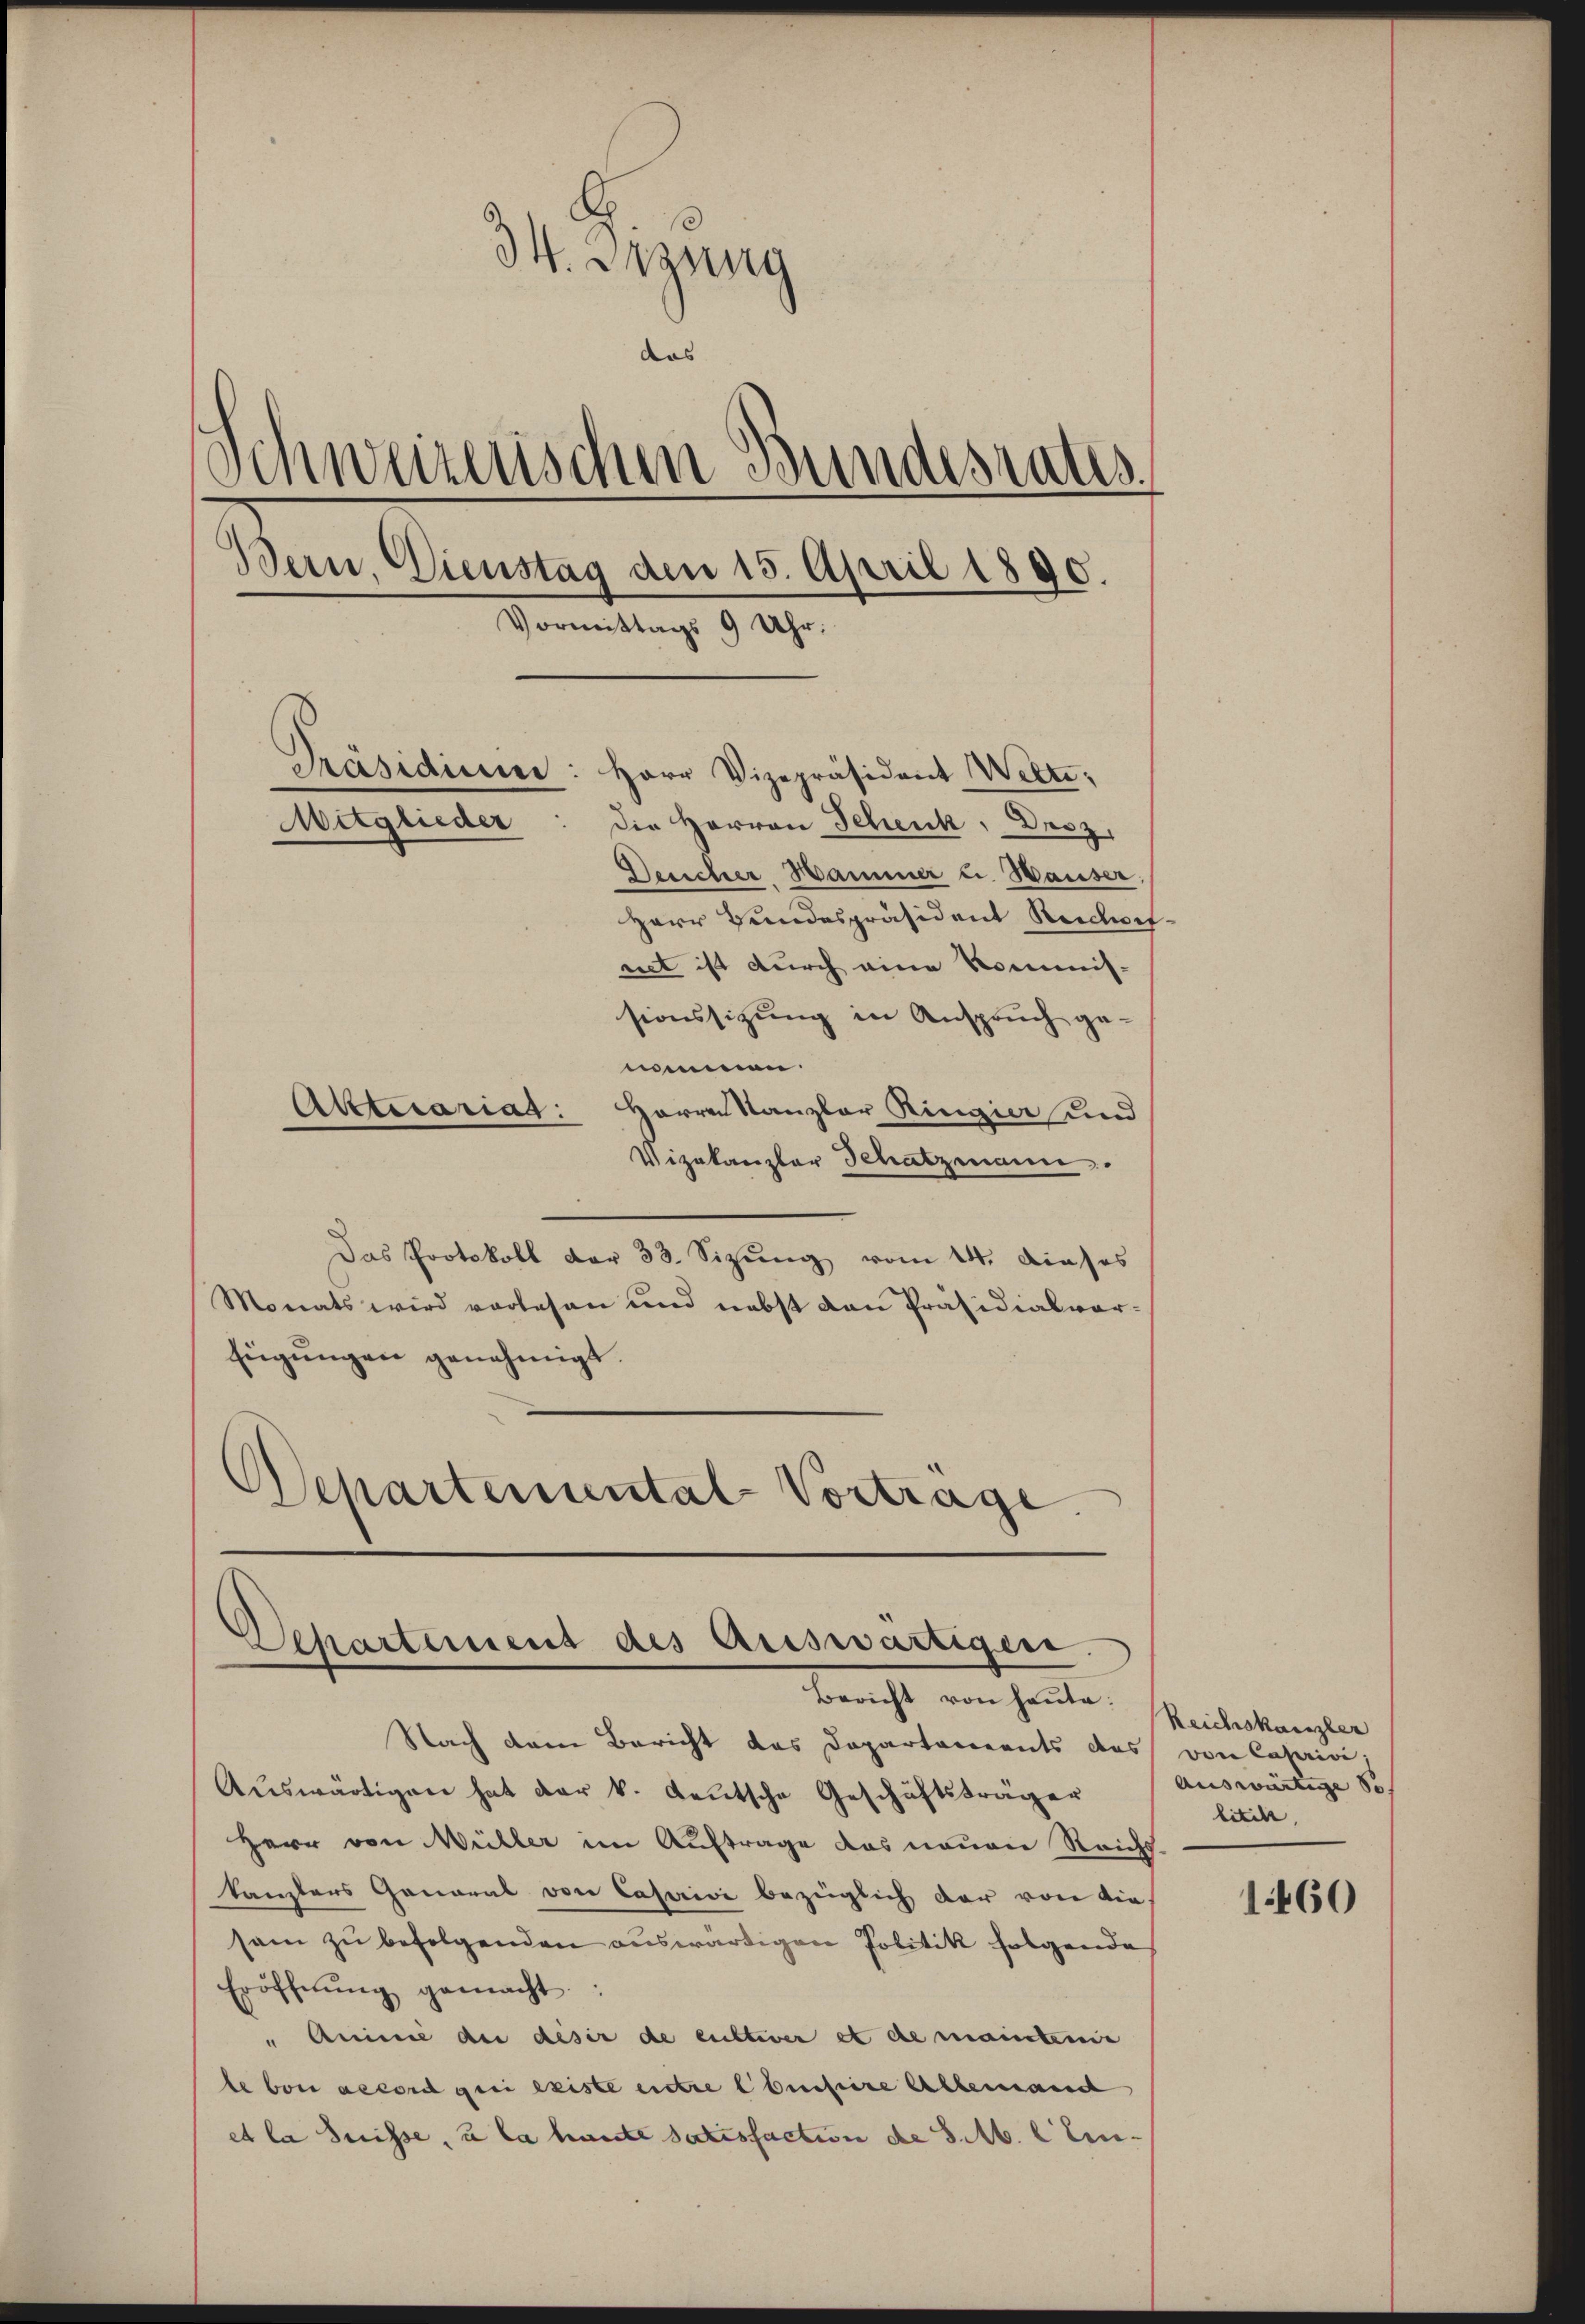
S. Sizung
das
Schweizerischen Bundesrates
Bern, Dienstag den 15. April 1890.
Vormittags 9 Uhr.
Präsidium: Herr Vizepräsident Wette¬
Mitglieder
die Herren Schenk, Droz,
Desicher Hammer u. Hauser,
Herr Bundespräsident Reichwisnet ist durch eine Kommis-
sionssitzung in Anspruch ge-
nommen.

Alterariat: Herrn Kanzler Ringier und
Vizekanzler Schatzmann.
Das Protokoll der 33. Sizŭng vom 14. dieses
Monats wird vorlesen und nebst den Präsidialvorfügungen genehmigt.
Schartemental Vortrage.

Departement des Ariswärtiger
Bericht von heute:

Nach dem Bericht das Departarents das von Caprivi
Aŭswärtigen hat der k. Leŭtsche Geschäftsträger
Herr von Müller im Auftrage das neuen Reicht.
kanzlers General von Caserive bezüglich der von diesam zu befolgenden auswärtigen Politik folgende
Eröffnŭng gemacht.
" Aninie die deser de cultier et de maisterie
le boni accord geri existe entre ebensiere Allemand
et la Suisse, u la haute satisfaction de S. M. l. Ein¬

Reichskanzler
Auswärtige So
litik,

1460